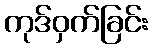
ကုဒ်ဝှက်ခြင်း